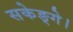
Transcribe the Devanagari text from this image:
सकेङ्गे।